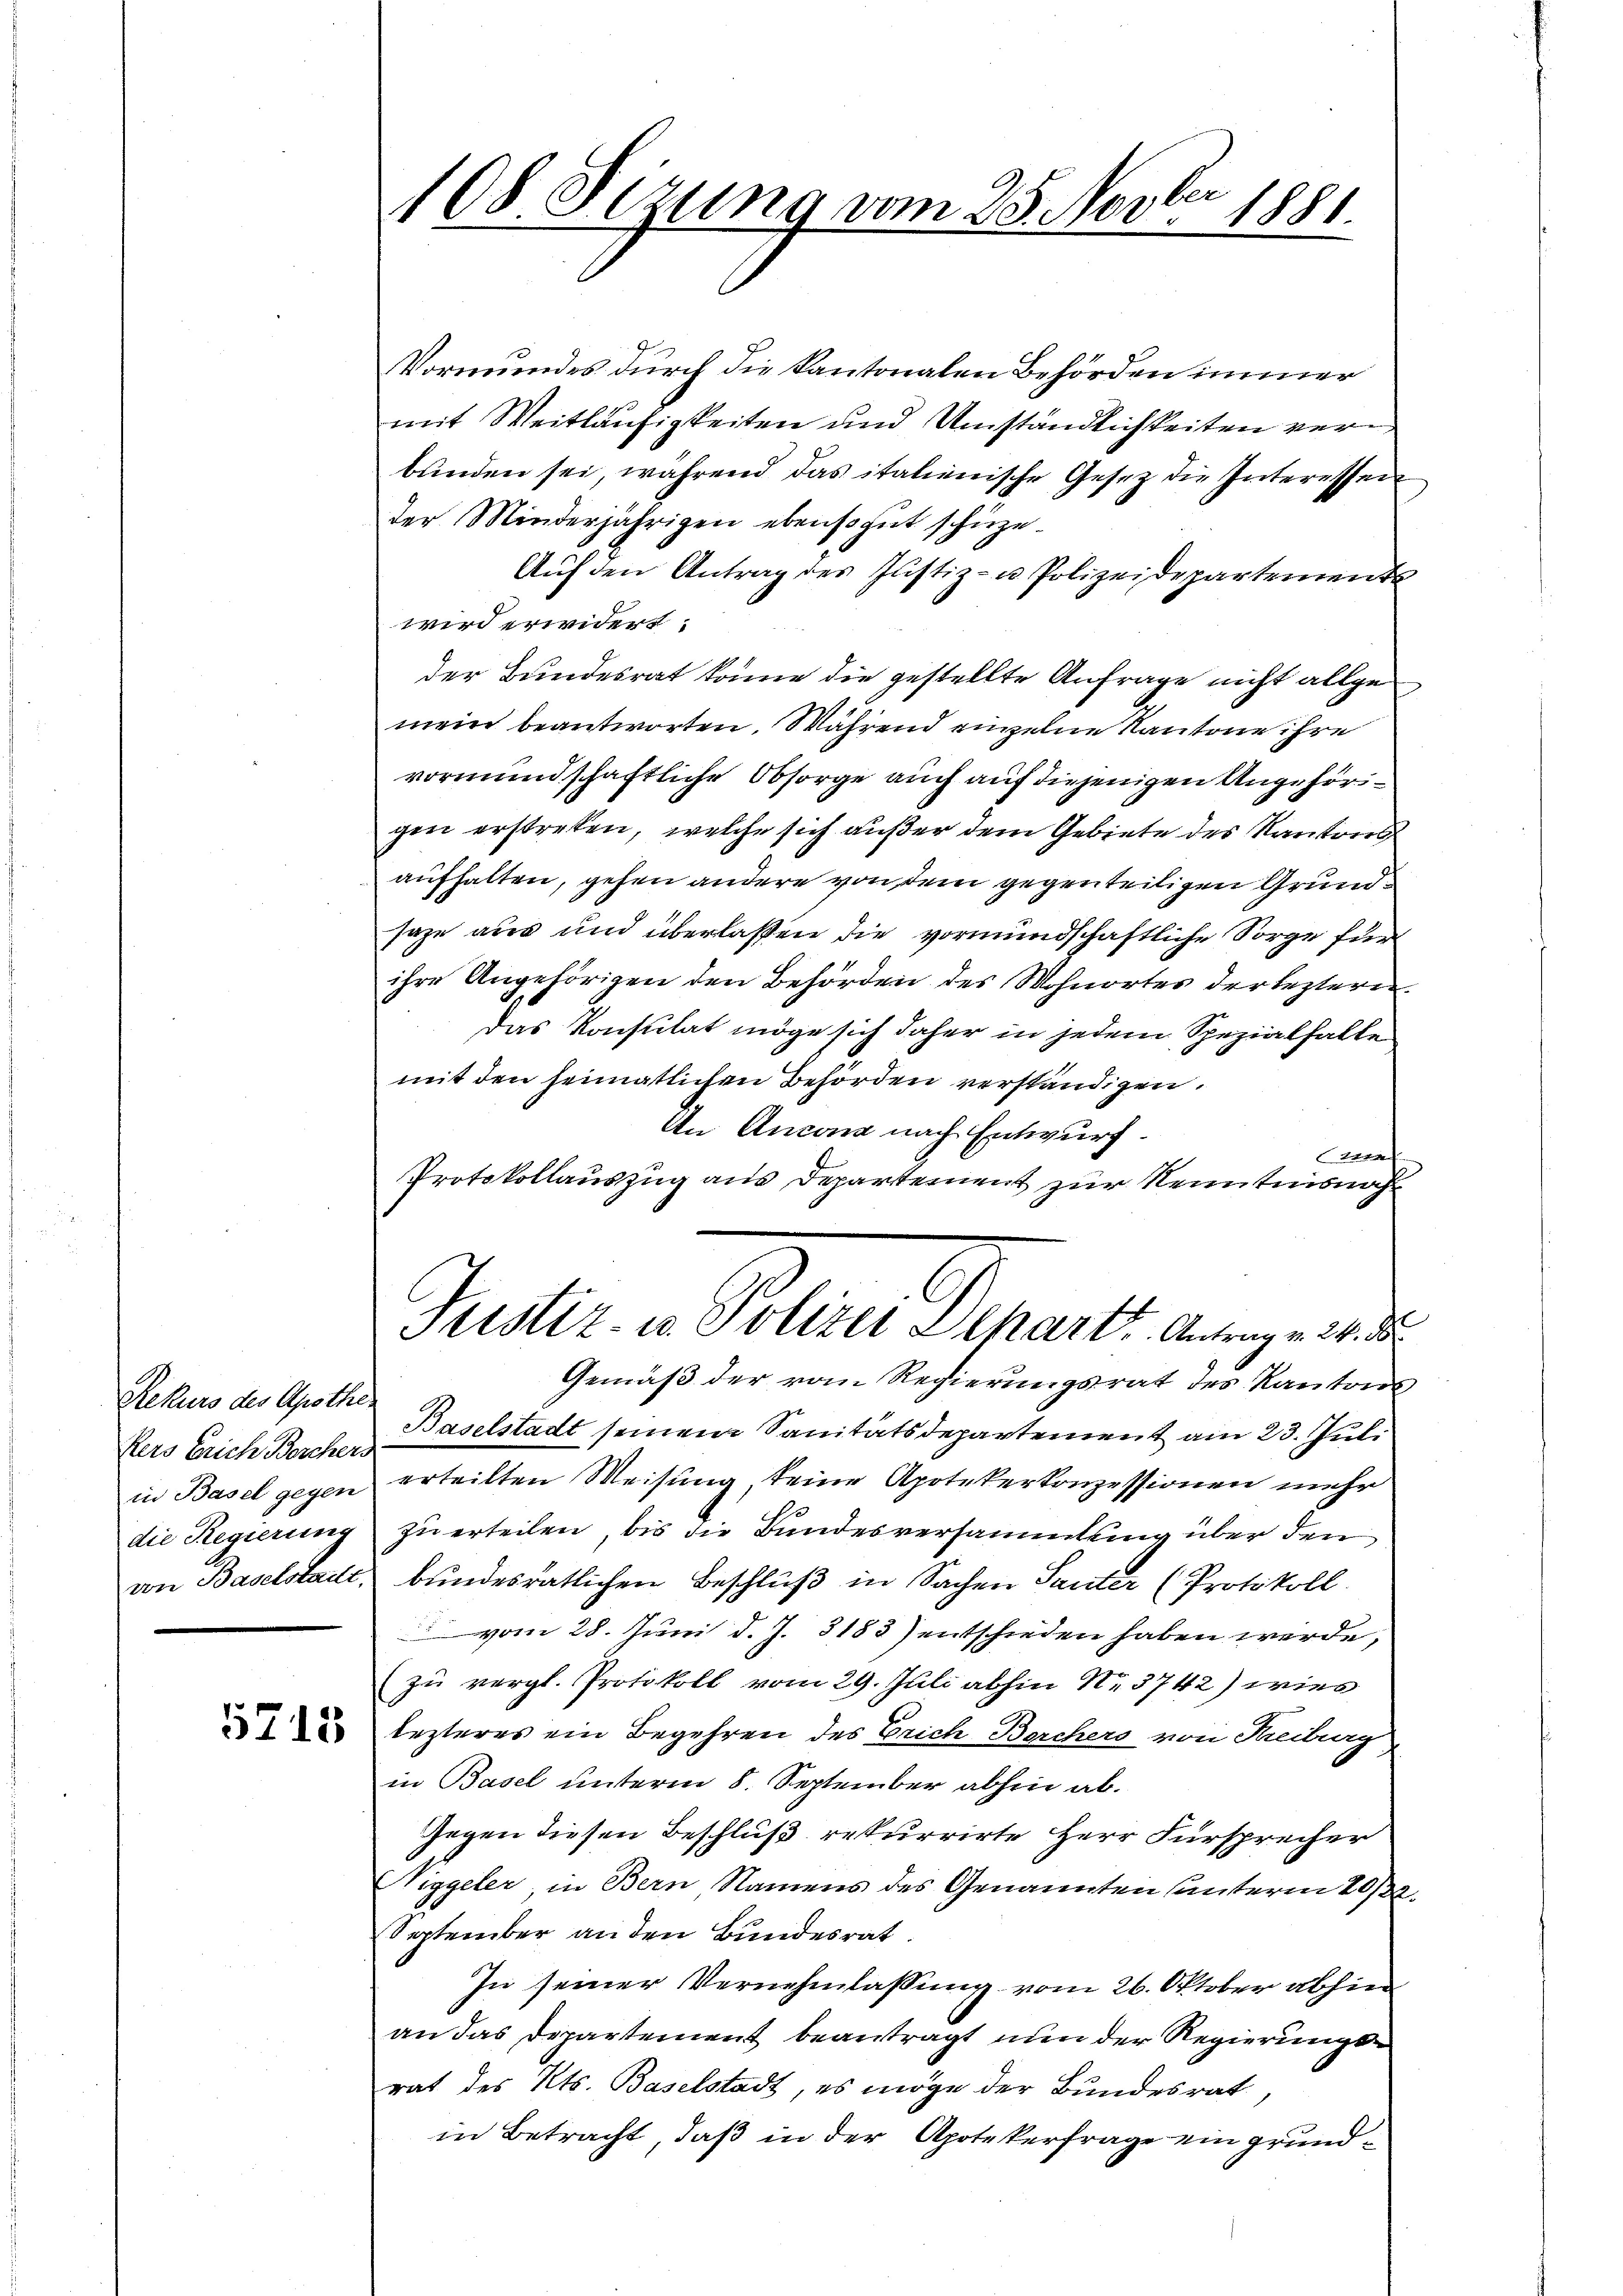
Rekurs des Apothen
Kers Erich Berchers
in Basel gegen
die Regierung
von Baselstadt,

5718

108. Sezung vom 25. Novber 1881.

Vormundes durch die kantonalen Behörden immer
mit Weitläufigkeiten und Umständlichkeiten verbunden sei, während das italienische Gesetz die Interessen
der Minderjährigen ebensogut schüze¬
Auf den Antrag des Justiz- u. Polizeidepartement
wird erwidert:
der Bundesrat könne die gestellte Anfrage nicht allgemein beantworten. Während einzelne Kantone ihre
vormundschaftliche Obsorge auch auf diejenigen Angehörigen erstreten, welche sich außer dem Gebiete des Kantons
aufhalten, gehen andere von dem gegen teiligen Grundsaze aus und überlassen die vormundschaftliche Sorge für
ihre Angehörigen den Behörden des Wohnortes der lezteren
Das Konsulat möge sich daher in jedem Spezialhalte
mit den heimatlichen Behörden verständigen.
An Ancona nach Entwurf.
af
Protokollauszug aus Departement zur Kenntnisnah
Justiz u. Polen Departe. Auge
Gemäß der vom Regierungsrat des Kantons
Baselstadt seinem Sanitätsdepartement am 23. Juli
erteilten Weisung, keine Apotekerkonzessionen mehr
zu erteilen, bis die Bundesversammlung über den
bundesrätlichen Beschluß in Sachen Tanter (Protokoll.
vom 28. Juni d. J. 3183) entschieden haben werde,
zu vergl. Protokoll vom 29. Juli abhin N. 3742) wies
lezteres ein Begehren des Erich Borchers von Kreiburg
in Basel unterm 8. September abhin ab¬
Gegen diesen Beschluß rekurrirte Herr Fürsprecher
Niggeler in Bern Namens des Genannten unterm 20sten
September an den Bundesrat.
In seiner Vernehmlassung vom 26. Oktober abhin
an das Departement beantragt nun der Regierungse
rat des Kts. Baselstadt, es möge der Bundesrat,
in Betracht, daß in der Apotekerfrage ein grund¬